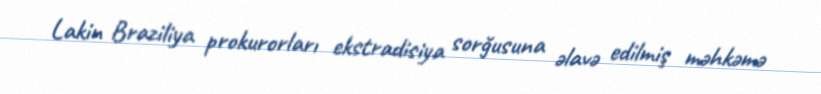
Lakin Braziliya prokurorları ekstradisiya sorğusuna əlavə edilmiş məhkəmə